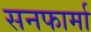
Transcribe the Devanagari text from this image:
सनफार्मा